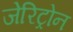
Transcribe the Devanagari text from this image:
जेरिट्रोन